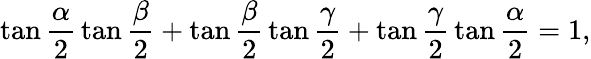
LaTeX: \tan{\frac{\alpha}{2}}\tan{\frac{\beta}{2}}+\tan{\frac{\beta}{2}}\tan{\frac{\gamma}{2}}+\tan{\frac{\gamma}{2}}\tan{\frac{\alpha}{2}}=1,